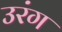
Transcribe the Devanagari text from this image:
उरंग